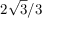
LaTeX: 2 { \sqrt { 3 } } / 3